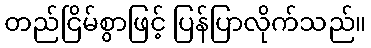
တည်ငြိမ်စွာဖြင့် ပြန်ပြာလိုက်သည်။